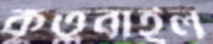
কুতুবাইল